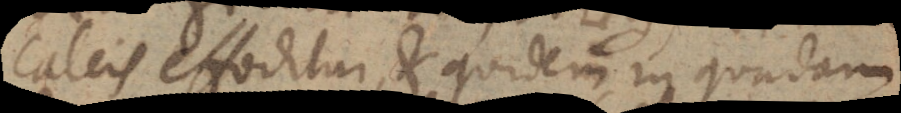
calcis effoditur, et quidem, in quadam